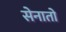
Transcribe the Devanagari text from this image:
सेनातो